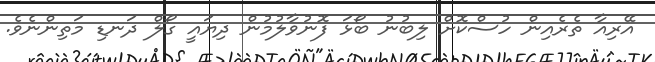
އޭރިއާ ތެރެއިން ހުސްކޮށް ލިބުނު ބޯޅަ ފޮނުވާލުމުން ދިޔައީ ގޯލް ދަނޑި މަތިންނެވެ.